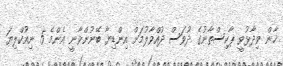
ޚާން ވިދާޅުވީ ޕާކިސްތާނުގެ ދުވަސް ދުއްވާލުމަށް އިންޑިޔާ ބޭނުންވާނީ އެންމެ 5 ނިއުކްލިޔަ